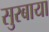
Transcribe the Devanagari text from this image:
सुरबाया